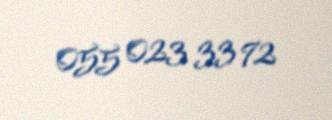
055 023 33 72